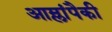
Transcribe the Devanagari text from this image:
आम्लांपैकी